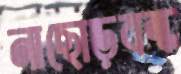
নাছোড়বন্ধ